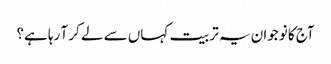
آج کا نوجوان یہ تربیت کہاں سے لے کر آ رہا ہے؟